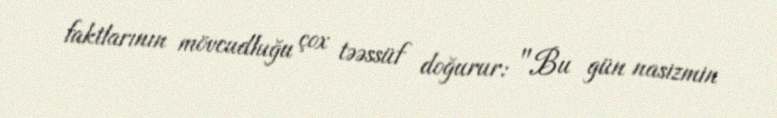
faktlarının mövcudluğu çox təəssüf doğurur: "Bu gün nasizmin